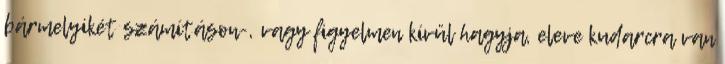
bármelyikét számításon-, vagy figyelmen kívül hagyja, eleve kudarcra van